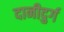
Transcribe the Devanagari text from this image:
दानीदुर्ग